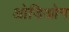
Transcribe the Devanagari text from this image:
ओडिओन